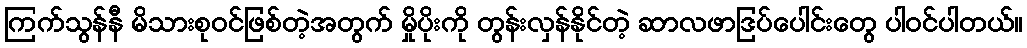
ကြက်သွန်နီ မိသားစုဝင်ဖြစ်တဲ့အတွက် မှိုပိုးကို တွန်းလှန်နိုင်တဲ့ ဆာလဖာဒြပ်ပေါင်းတွေ ပါဝင်ပါတယ်။